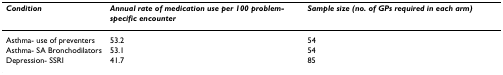
| Condition | Annual rate of medication use per 100 problem-specific encounter | Sample size (no. of GPs required in each arm) |
 | --- | --- | --- |
 | Asthma- use of preventers | 53.2 | 54 |
 | Asthma- SA Bronchodilators | 53.1 | 54 |
 | Depression- SSRI | 41.7 | 85 |